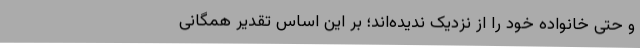
و حتی خانواده خود را از نزدیک ندیده‌اند؛ بر این اساس تقدیر همگانی